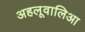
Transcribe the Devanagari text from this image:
अहलूवालिआ